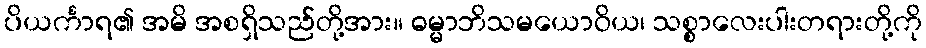
ပိယင်္ကာရ၏ အမိ အစရှိသည်တို့အား။ ဓမ္မာဘိသမယောဝိယ၊ သစ္စာလေးပါးတရားတို့ကို